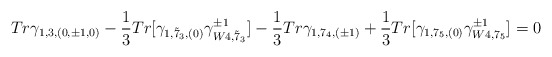
\begin{align*}Tr\gamma_{1, 3, (0, \pm1, 0)}- \frac{1}{3} Tr[\gamma_{1, {\tilde 7}_3, (0)}\gamma^{\pm 1}_{W4,{\tilde 7}_3}]- \frac{1}{3} Tr\gamma_{1, 7_4, (\pm 1)}+ \frac{1}{3} Tr[\gamma_{1, 7_5, (0)}\gamma^{\pm 1}_{W4, 7_5}] = 0\end{align*}